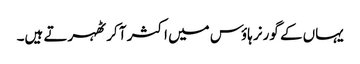
یہاں کے گورنر ہاؤس میں اکثر آ کر ٹھہرتے ہیں۔